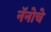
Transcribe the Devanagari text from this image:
नॅनोचे